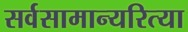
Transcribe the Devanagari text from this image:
सर्वसामान्यरित्या